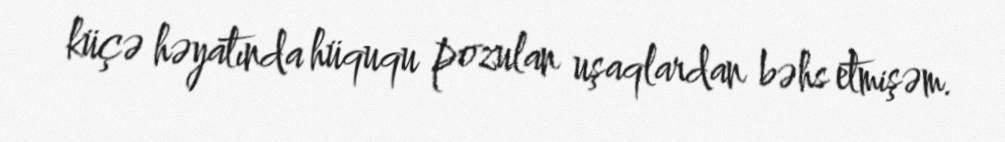
küçə həyatında hüququ pozulan uşaqlardan bəhs etmişəm.